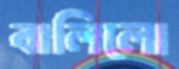
বালিলো